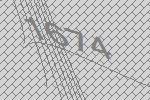
1674